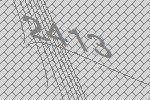
2413